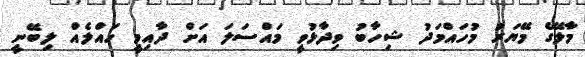
މާލޭގެ މޭޔަރު މުހައްމަދު ޝިހާބު ވިދާޅުވީ މައްސަލަ އަށް ދާއިމީ ހައްލެއް ލިބޭނީ